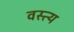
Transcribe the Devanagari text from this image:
वस्त्य